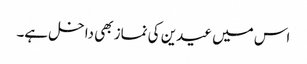
اس میں عیدین کی نماز بھی داخل ہے۔